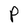
Character: P